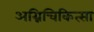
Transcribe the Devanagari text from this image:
अग्निचिकित्सा